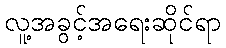
လူ့အခွင့်အရေးဆိုင်ရာ